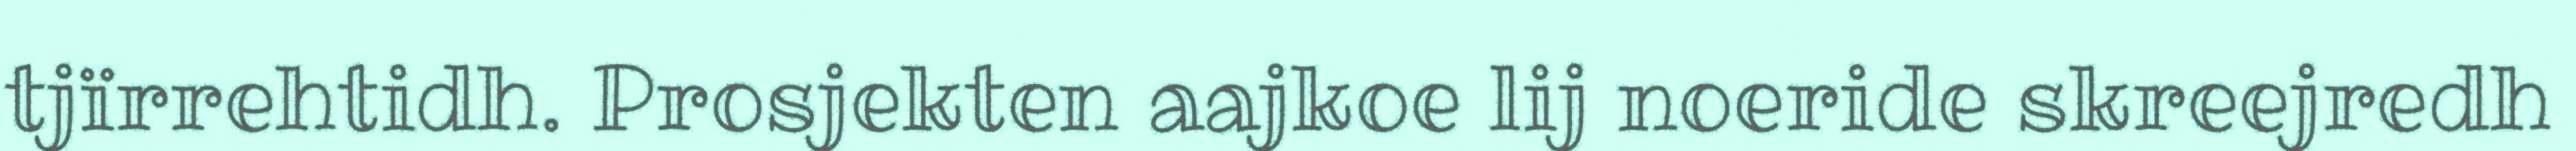
tjïrrehtidh. Prosjekten aajkoe lij noeride skreejredh